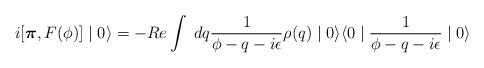
LaTeX: \begin{align*}i [\textup{\boldmath $\pi$}, F(\phi)] \mid 0 \rangle = - Re \int \; dq \frac{1}{\phi - q -i \epsilon} \rho(q) \mid 0 \rangle \langle 0 \mid \frac{1}{\phi - q -i \epsilon} \mid 0 \rangle \end{align*}